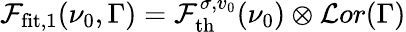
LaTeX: \mathcal{F}_{\mathrm{fit},1}(\nu_{0},\Gamma)=\mathcal{F}_{\mathrm{th}}^{\sigma,v_{0}}(\nu_{0})\otimes\mathcal{L}or(\Gamma)